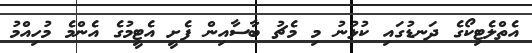
އެތްލެޓިކޯގެ ދަނޑުގައި ކުޅުނު މި މެޗު ބާސާއިން ފެށީ އެޓީމުގެ އެންމެ މުހިއްމު